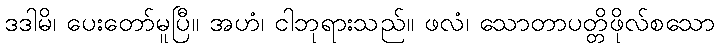
ဒဒါမိ၊ ပေးတော်မူပြီ။ အဟံ၊ ငါဘုရားသည်။ ဖလံ၊ သောတာပတ္တိဖိုလ်စသော